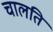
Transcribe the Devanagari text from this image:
चालति